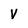
Character: V